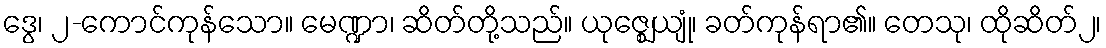
ဒွေ၊ ၂-ကောင်ကုန်သော။ မေဏ္ဍာ၊ ဆိတ်တို့သည်။ ယုဇ္ဈေယျုံ၊ ခတ်ကုန်ရာ၏။ တေသု၊ ထိုဆိတ်၂၊